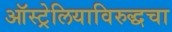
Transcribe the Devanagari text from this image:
ऑस्ट्रेलियाविरुद्धचा